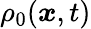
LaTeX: \rho_{0}({\boldsymbol{x}},t)